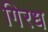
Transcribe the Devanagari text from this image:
गिरध